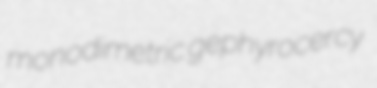
monodimetric gephyrocercy